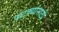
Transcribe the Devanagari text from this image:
फटक्यांसाठी